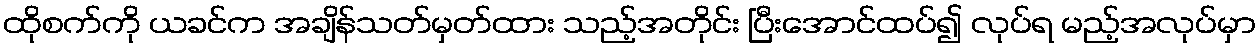
ထိုစက်ကို ယခင်က အချိန်သတ်မှတ်ထား သည့်အတိုင်း ပြီးအောင်ထပ်၍ လုပ်ရ မည့်အလုပ်မှာ